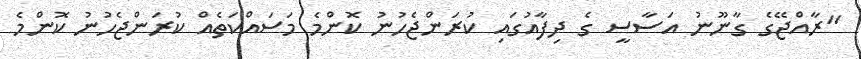
"ރާއްޖޭގެ ގާނޫނު އަސާސީ ގެ ދިފާއުގައި ކުރަންޖެހުނު ކޮންމެ މަސައްކަތެއް ކުރަންޖެހުނު ކޮންމެ